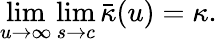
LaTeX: \operatorname*{lim}_{u\to\infty}\operatorname*{lim}_{s\to c}\bar{\kappa}(u)=\kappa.